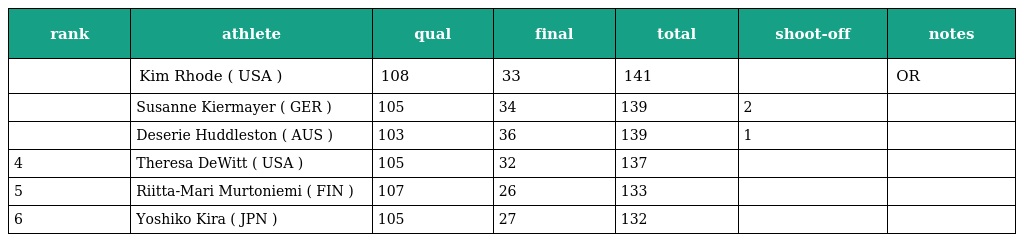
| rank | athlete | qual | final | total | shoot-off | notes |
 | --- | --- | --- | --- | --- | --- | --- |
 |  | Kim Rhode ( USA ) | 108 | 33 | 141 |  | OR |
 |  | Susanne Kiermayer ( GER ) | 105 | 34 | 139 | 2 |  |
 |  | Deserie Huddleston ( AUS ) | 103 | 36 | 139 | 1 |  |
 | 4 | Theresa DeWitt ( USA ) | 105 | 32 | 137 |  |  |
 | 5 | Riitta-Mari Murtoniemi ( FIN ) | 107 | 26 | 133 |  |  |
 | 6 | Yoshiko Kira ( JPN ) | 105 | 27 | 132 |  |  |